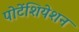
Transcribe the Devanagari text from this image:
पोटेंशियेशन